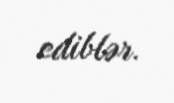
ediblər.